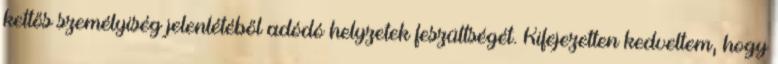
kettős személyiség jelenlétéből adódó helyzetek feszültségét. Kifejezetten kedveltem, hogy